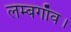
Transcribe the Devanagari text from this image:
लम्बगाँव।